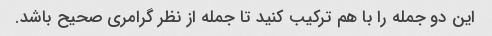
این دو جمله را با هم ترکیب کنید تا جمله از نظر گرامری صحیح باشد.